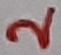
Text: 2